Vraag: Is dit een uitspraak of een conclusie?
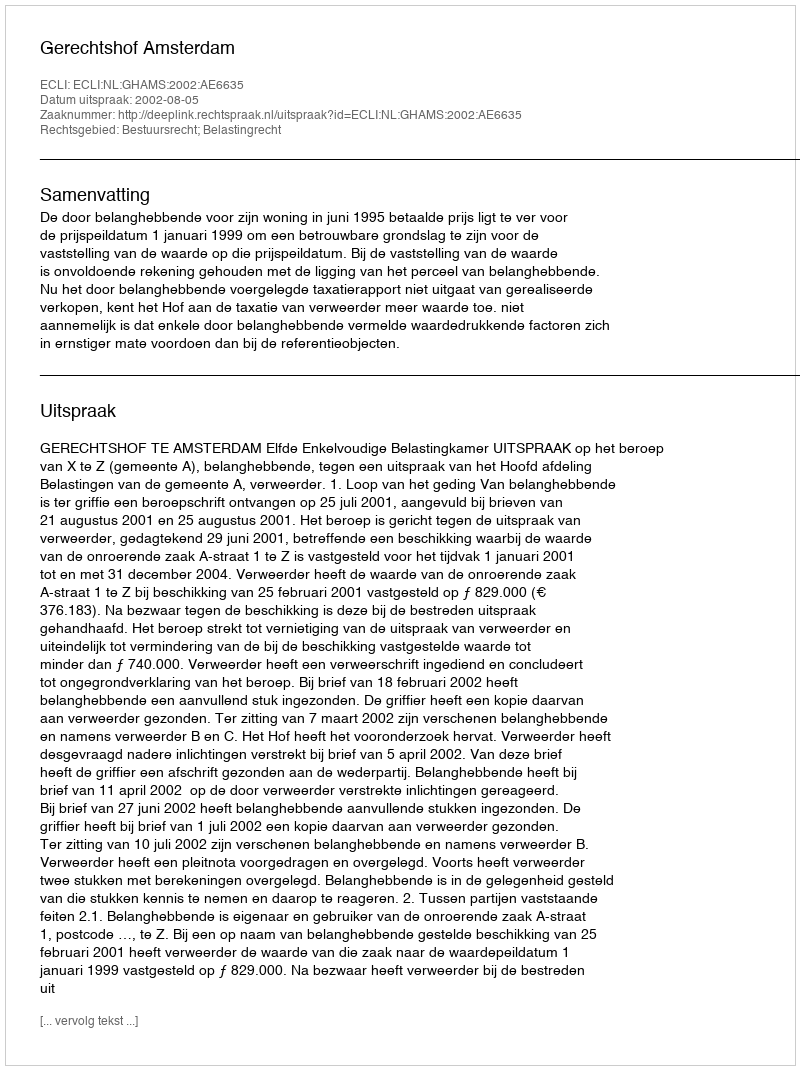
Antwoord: Uitspraak